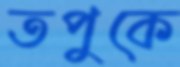
তপুকে